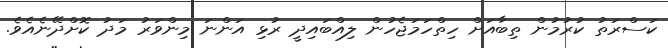
ކަސްރަތު ކުރުމުން ތިބާއަށް ހިތްހަމަޖެހުން ލިއްބައިދީ ރުޅި އަންނަ މިންވަރު މަދު ކޮށްދޭނެއެވެ.